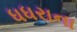
ધધરાના